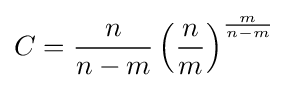
C={\frac {n}{n-m}}\left({\frac {n}{m}}\right)^{\frac {m}{n-m}}